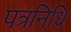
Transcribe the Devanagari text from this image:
पत्रनिधि